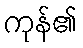
ကုန်၏